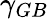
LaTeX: \gamma_{GB}